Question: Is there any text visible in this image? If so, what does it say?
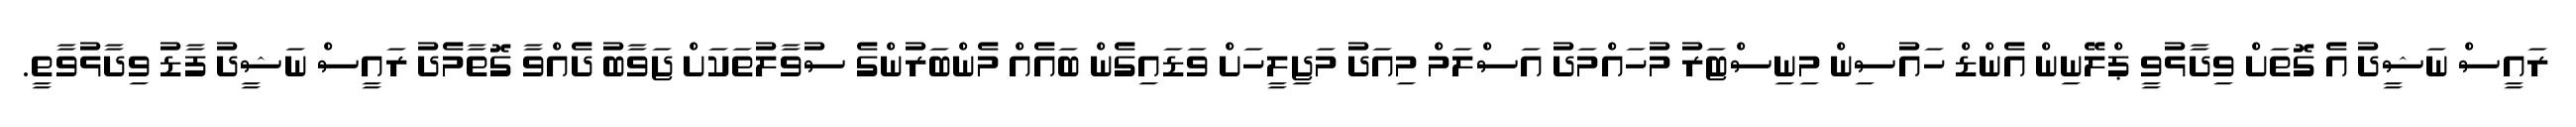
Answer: ރައީސް ނަޝީދު އެ ގޮތަށް ވިދާޅުވީ ޕްލޭނިން އެންޑް ހައުސިން މިނިސްޓަރު މުހައްމަދު އަސްލަމް މިއަދު މަޖިލީހަށް ވަޑައިގެން ބައެއް މެންބަރުންގެ ސުވާލުތަކަށް ޖަވާބު ދެއްވާ ގޮތާމެދު ރައީސް ނަޝީދު ފާޑު ވިދާޅުވާތީ.